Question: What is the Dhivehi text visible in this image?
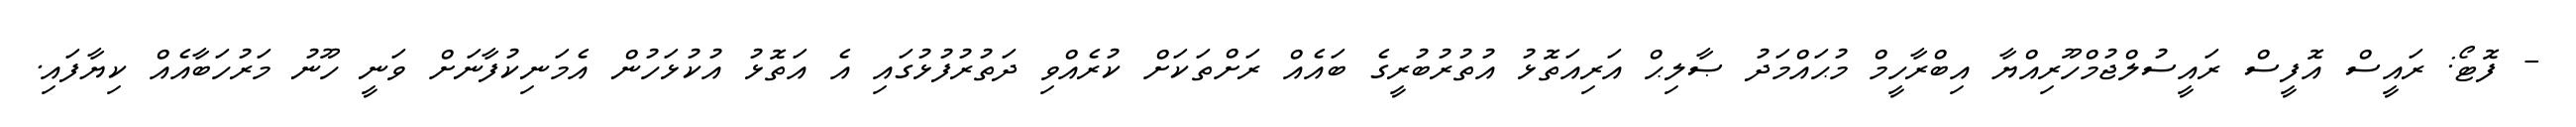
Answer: - ފޮޓޯ: ރައީސް އޮފީސް ރައީސުލްޖުމްހޫރިއްޔާ އިބްރާހީމް މުޙައްމަދު ޞާލިޙް އަރިއަތޮޅު އުތުރުބުރީގެ ބައެއް ރަށްތަކަށް ކުރެއްވި ދަތުރުފުޅުގައި އެ އަތޮޅު އުކުޅަހުން އެމަނިކުފާނަށް ވަނީ ހޫނު މަރުހަބާއެއް ކިޔާފައި.